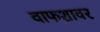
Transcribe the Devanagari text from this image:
वाफशावर